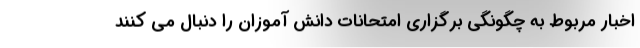
اخبار مربوط به چگونگی برگزاری امتحانات دانش آموزان را دنبال می کنند